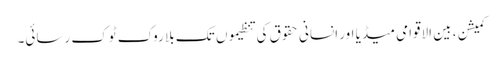
کمیشن ، بین الاقوامی میڈیا اور انسانی حقوق کی تنظیموں تک بلا روک ٹوک رسائی۔